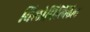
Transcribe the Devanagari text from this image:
विलोपिल्लिल